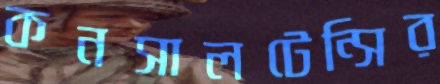
কনসালটেন্সির